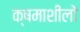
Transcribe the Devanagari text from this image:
क्षमाशीलों